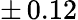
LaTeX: \pm\, 0.12